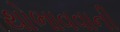
થોભાવવાની